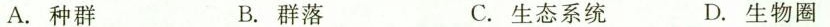
A.种群 B.群落 C.生态系统 D.生物圈